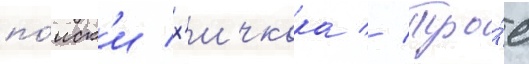
по́иск'и х'ичкока // Тро́е